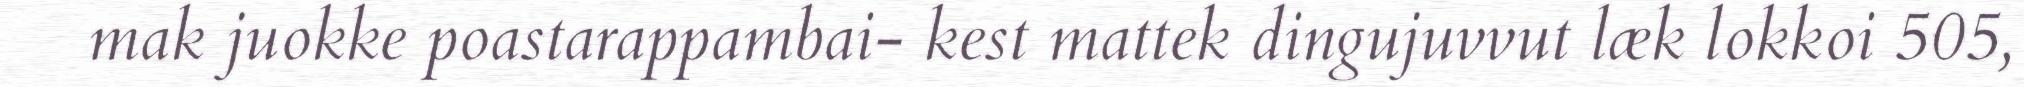
mak juokke poastarappambai- kest mattek dingujuvvut læk lokkoi 505,